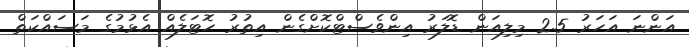
އަންނަ އަހަރު 2.5 މިލިއަން ޑޮލަރު އިންވެސްޓްކޮށްގެން އިތުރު ހޮޓަލެއް އެޅުމުގެ މަސައްކަތް